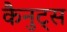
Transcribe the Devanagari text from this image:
कैनुट्स